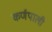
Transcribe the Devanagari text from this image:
कर्णपाली